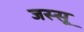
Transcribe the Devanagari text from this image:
जस्सू